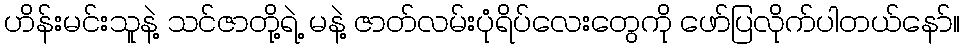
ဟိန်းမင်းသူနဲ့ သင်ဇာတို့ရဲ့ မနဲ့ ဇာတ်လမ်းပုံရိပ်လေးတွေကို ဖော်ပြလိုက်ပါတယ်နော်။